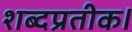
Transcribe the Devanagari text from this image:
शब्दप्रतीक।